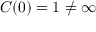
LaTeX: C ( 0 ) = 1 \neq \infty